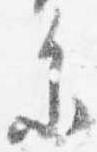
参